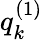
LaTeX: q_{k}^{(1)}